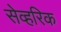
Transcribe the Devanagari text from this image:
सेव्हरिक